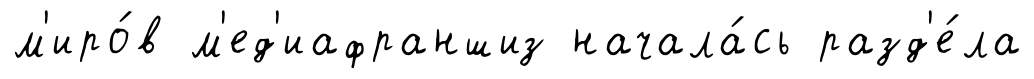
м'иро́в м'ед'иафраншиз начала́сь разд'е́ла